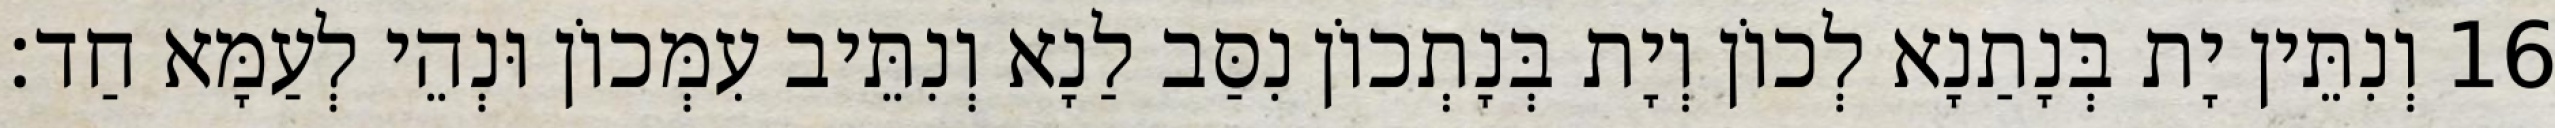
16 וְנִתֵּין יָת בְּנָתַנָא לְכוֹן וְיָת בְּנָתְכוֹן נִסַּב לַנָא וְנִתֵּיב עִמְּכוֹן וּנְהֵי לְעַמָּא חַד׃